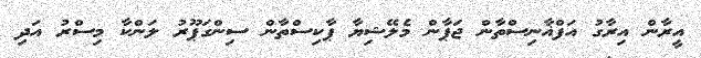
އީރާން އިރާގު އަފްޣާނިސްތާން ޖަޕާން މެލޭޝިޔާ ޕާކިސްތާން ސިންގަޕޫރު ލަންކާ މިސްރު އަދި